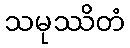
သမုဿိတံ